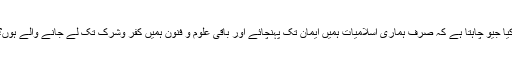
کیا جیو چاہتا ہے کہ صرف ہماری اسلامیات ہمیں ایمان تک پہنچائے اور باقی علوم و فنون ہمیں کفر وشرک تک لے جانے والے ہوں؟